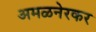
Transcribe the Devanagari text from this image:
अमळनेरकर